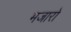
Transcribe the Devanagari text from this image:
मजारो